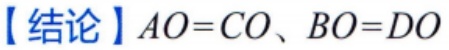
【结论】$AO = CO、BO = DO$